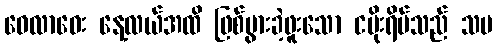
ဝေလာဝေး နေ့လယ်အထိ ဖြစ်ပွားခဲ့ဖူးသော ငမိုးရိပ်သည် သမ